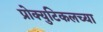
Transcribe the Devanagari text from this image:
प्रोक्युटिकलच्या